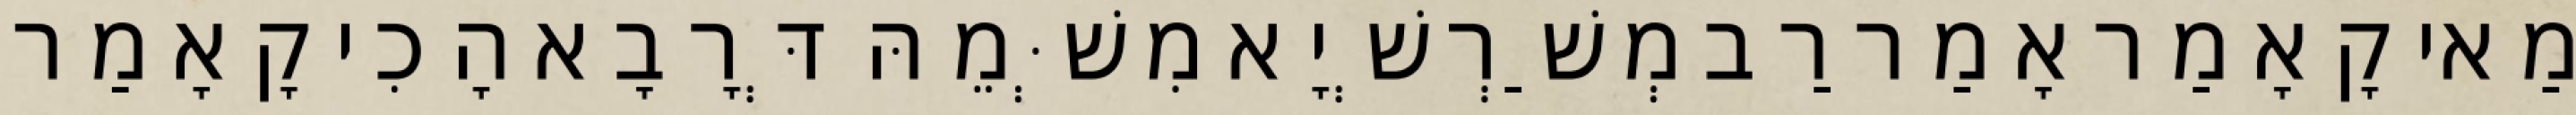
מַאי קָאָמַר אָמַר רַב מְשַׁרְשְׁיָא מִשְּׁמֵהּ דְּרָבָא הָכִי קָאָמַר